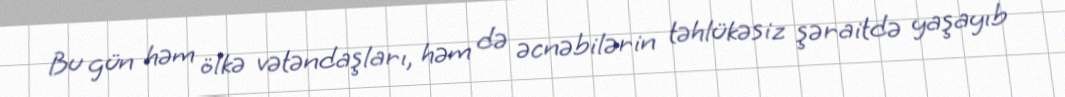
Bu gün həm ölkə vətəndaşları, həm də əcnəbilərin təhlükəsiz şəraitdə yaşayıb